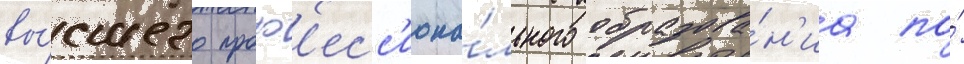
вы́сшего проф'есс'иона́льного образова́н'иа по́